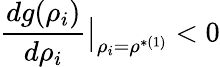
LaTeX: \frac{dg(\rho_{i})}{d\rho_{i}}\big|_{\rho_{i}=\rho^{*(1)}}<0